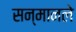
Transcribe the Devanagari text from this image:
सन्मानले